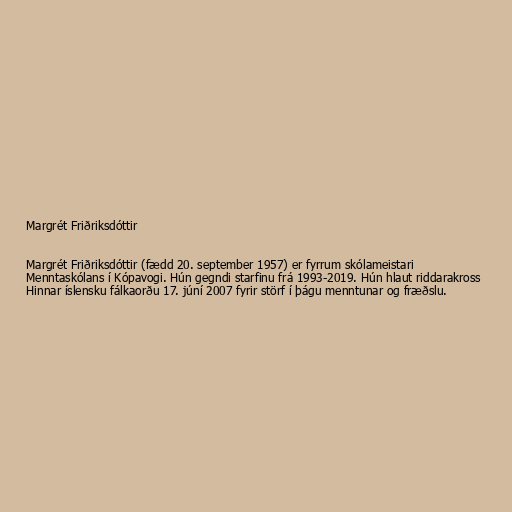
Margrét Friðriksdóttir

Margrét Friðriksdóttir (fædd 20. september 1957) er fyrrum skólameistari
Menntaskólans í Kópavogi. Hún gegndi starfinu frá 1993-2019. Hún hlaut riddarakross
Hinnar íslensku fálkaorðu 17. júní 2007 fyrir störf í þágu menntunar og fræðslu.